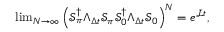
\begin{array} { r } { \operatorname* { l i m } _ { N \to \infty } \left( \mathcal S _ { \pi } ^ { \dagger } \Lambda _ { \Delta t } \mathcal S _ { \pi } \mathcal S _ { 0 } ^ { \dagger } \Lambda _ { \Delta t } \mathcal S _ { 0 } \right) ^ { N } = e ^ { \bar { \mathcal L } t } , } \end{array}